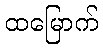
ထမြောက်